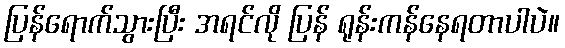
ပြန်ရောက်သွားပြီး အရင်လို ပြန် ရုန်းကန်နေရတာပါပဲ။